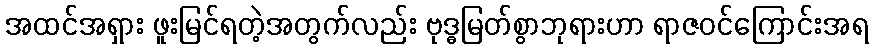
အထင်အရှား ဖူးမြင်ရတဲ့အတွက်လည်း ဗုဒ္ဓမြတ်စွာဘုရားဟာ ရာဇဝင်ကြောင်းအရ